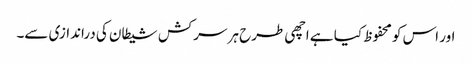
اور اس کو محفوظ کیا ہے اچھی طرح ہر سرکش شیطان کی دراندازی سے۔